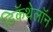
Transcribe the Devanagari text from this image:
डिकॅथेलॉन